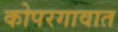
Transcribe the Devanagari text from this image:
कोपरगावात